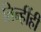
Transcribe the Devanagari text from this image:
तिन्हींही